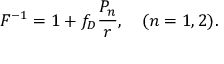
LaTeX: F ^ { - 1 } = 1 + f _ { D } { \frac { { \cal P } _ { n } } { r } } , \ \ \ ( n = 1 , 2 ) .